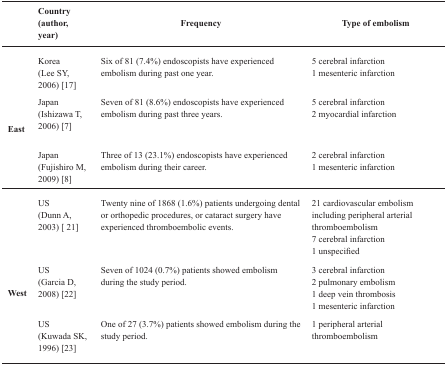
<table><thead><tr><td></td><td><b>Country (author, year)</b></td><td><b>Frequency</b></td><td><b>Type of embolism</b></td></tr></thead><tbody><tr><td rowspan="3"><b>East</b></td><td>Korea (Lee SY, 2006) [17]</td><td>Six of 81 (7.4%) endoscopists have experienced embolism during past one year.</td><td>5 cerebral infarction1 mesenteric infarction</td></tr><tr><td>Japan (Ishizawa T, 2006) [7]</td><td>Seven of 81 (8.6%) endoscopists have experienced embolism during past three years.</td><td>5 cerebral infarction2 myocardial infarction</td></tr><tr><td>Japan (Fujishiro M, 2009) [8]</td><td>Three of 13 (23.1%) endoscopists have experienced embolism during their career.</td><td>2 cerebral infarction1 mesenteric infarction</td></tr><tr><td rowspan="3"><b>West</b></td><td>US (Dunn A, 2003) [21]</td><td>Twenty nine of 1868 (1.6%) patients undergoing dental or orthopedic procedures, or cataract surgery have experienced thromboembolic events.</td><td>21 cardiovascular embolism including peripheral arterial thromboembolism7 cerebral infarction1 unspecified</td></tr><tr><td>US (Garcia D, 2008) [22]</td><td>Seven of 1024 (0.7%) patients showed embolism during the study period.</td><td>3 cerebral infarction2 pulmonary embolism1 deep vein thrombosis1 mesenteric infarction</td></tr><tr><td>US (Kuwada SK, 1996) [23]</td><td>One of 27 (3.7%) patients showed embolism during the study period.</td><td>1 peripheral arterial thromboembolism</td></tr></tbody></table>